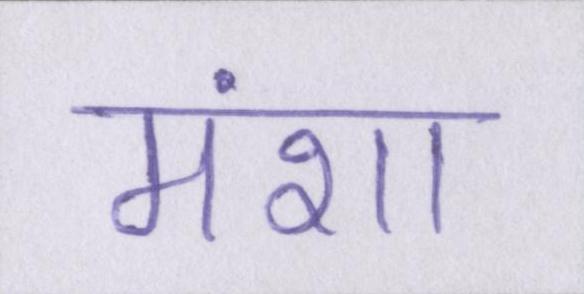
मंशा